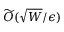
\widetilde { \cal O } ( \sqrt { W } / \epsilon )